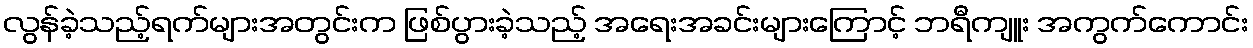
လွန်ခဲ့သည့်ရက်များအတွင်းက ဖြစ်ပွားခဲ့သည့် အရေးအခင်းများကြောင့် ဘရီကျူး အကွက်ကောင်း